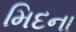
મિદના